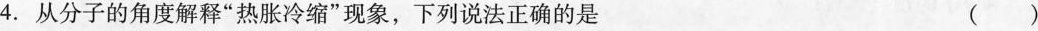
4.从分子的角度解释”热胀冷缩”现象，下列说法正确的是 ()